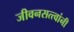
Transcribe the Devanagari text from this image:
जीवनसत्त्वांनी